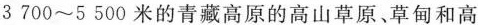
3700~5500米的青藏高原的高山草原、草甸和高